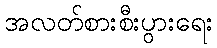
အလတ်စားစီးပွားရေး